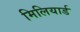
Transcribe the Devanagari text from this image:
मिलियार्ड